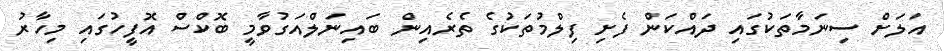
އަލަށް ސިނަމާތަކުގައި ދައްކަން ފެށި ފިލްމުތަކުގެ ތެރެއިން ބައިނަލްއަގުވާމީ ބޮކްސް އޮފީހުގައި މިހާރު